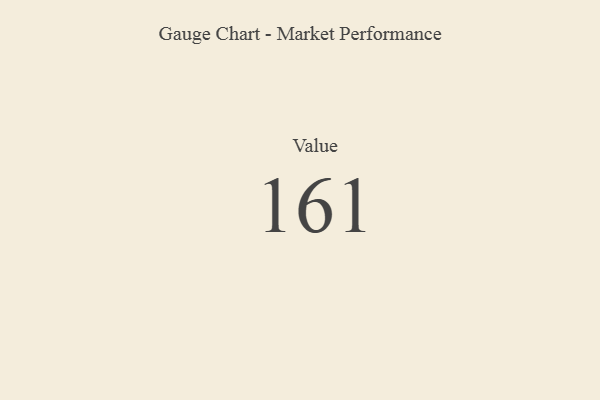
{"axis": {"x": "Metric", "y": "Value"}, "legend": [""], "data": [{"x": "Value", "y": 161, "type": ""}]}